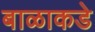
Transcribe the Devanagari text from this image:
बाळाकडे